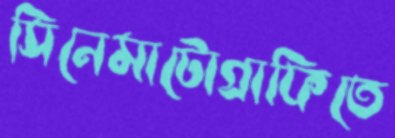
সিনেমাটোগ্রাফিতে